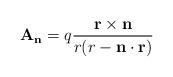
LaTeX: \begin{align*}{\mathbf A}_{\mathbf n}= q\frac{{\mathbf r}\times {\mathbf n}}{r(r - {\mathbf n} \cdot{\mathbf r})} \end{align*}